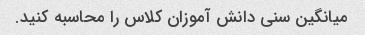
میانگین سنی دانش آموزان کلاس را محاسبه کنید.